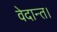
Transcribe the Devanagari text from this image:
वेदान्त।